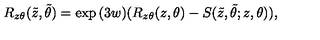
R _ { z \theta } ( \tilde { z } , \tilde { \theta } ) = \exp { ( 3 w ) } ( R _ { z \theta } ( z , \theta ) - \nonumber S ( \tilde { z } , \tilde { \theta } ; z , \theta ) ) ,